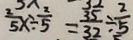
\frac { 2 } { 5 } x \div \frac { 2 } { 5 } = \frac { 3 5 } { 3 2 } \div \frac { 2 } { 5 }